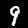
Label: 9